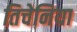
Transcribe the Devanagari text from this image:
तिचेनिया